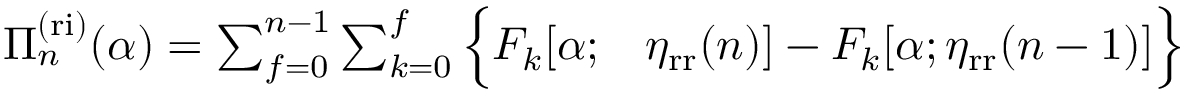
\begin{array} { r l } { \Pi _ { n } ^ { \mathrm { ( r i ) } } ( \alpha ) = \sum _ { f = 0 } ^ { n - 1 } \sum _ { k = 0 } ^ { f } \Big \{ F _ { k } [ \alpha ; } & { { } \eta _ { \mathrm { r r } } ( n ) ] - F _ { k } [ \alpha ; \eta _ { \mathrm { r r } } ( n - 1 ) ] \Big \} } \end{array}